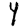
Digit: 4